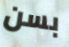
بسن